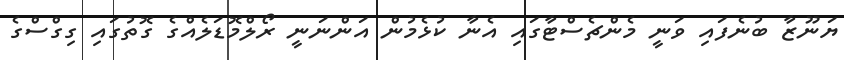
ޔަނޫޒާ ބުނެފައި ވަނީ މެންޗެސްޓާގައި އެނާ ކުޅެމުން އަންނަނީ ރޯލްމޮޑަލެއްގެ ގޮތުގައި ގިގްސްގެ